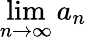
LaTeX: \operatorname*{lim}_{n\to\infty}a_{n}